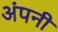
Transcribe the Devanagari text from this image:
अंपनी